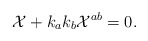
\begin{align*}{\cal X} + k_a k_b {\cal X}^{ab} = 0.\end{align*}